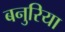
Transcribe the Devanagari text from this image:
बनुरिया